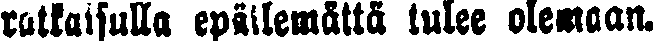
ratkaisulla epäilemättä tulee olemaan.